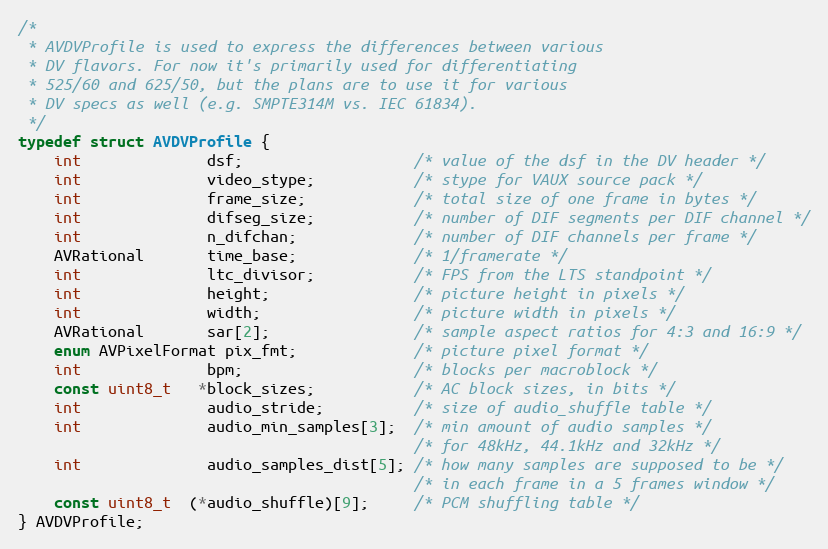
Language: C
/*
 * AVDVProfile is used to express the differences between various
 * DV flavors. For now it's primarily used for differentiating
 * 525/60 and 625/50, but the plans are to use it for various
 * DV specs as well (e.g. SMPTE314M vs. IEC 61834).
 */
typedef struct AVDVProfile {
    int              dsf;                   /* value of the dsf in the DV header */
    int              video_stype;           /* stype for VAUX source pack */
    int              frame_size;            /* total size of one frame in bytes */
    int              difseg_size;           /* number of DIF segments per DIF channel */
    int              n_difchan;             /* number of DIF channels per frame */
    AVRational       time_base;             /* 1/framerate */
    int              ltc_divisor;           /* FPS from the LTS standpoint */
    int              height;                /* picture height in pixels */
    int              width;                 /* picture width in pixels */
    AVRational       sar[2];                /* sample aspect ratios for 4:3 and 16:9 */
    enum AVPixelFormat pix_fmt;             /* picture pixel format */
    int              bpm;                   /* blocks per macroblock */
    const uint8_t   *block_sizes;           /* AC block sizes, in bits */
    int              audio_stride;          /* size of audio_shuffle table */
    int              audio_min_samples[3];  /* min amount of audio samples */
                                            /* for 48kHz, 44.1kHz and 32kHz */
    int              audio_samples_dist[5]; /* how many samples are supposed to be */
                                            /* in each frame in a 5 frames window */
    const uint8_t  (*audio_shuffle)[9];     /* PCM shuffling table */
} AVDVProfile;